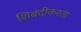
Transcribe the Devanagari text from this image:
शिबंदीकरता